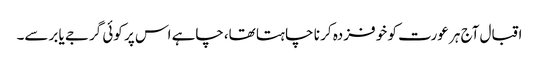
اقبال آج ہر عورت کو خو فزدہ کر نا چا ہتا تھا،چاہے اس پر کوئی گرجے یا برسے۔